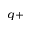
^ { q + }